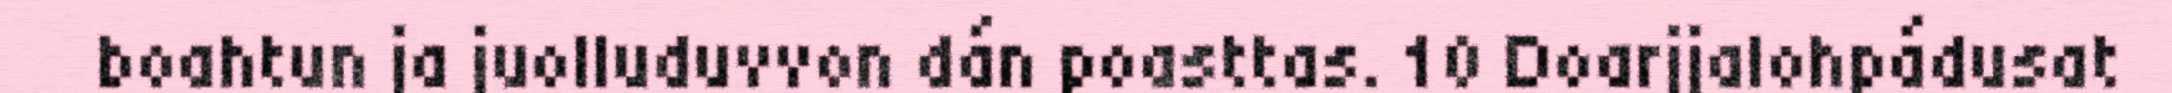
boahtun ja juolluduvvon dán poasttas. 10 Doarjjalohpádusat